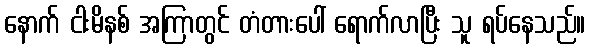
နောက် ငါးမိနစ် အကြာတွင် တံတားပေါ် ရောက်လာပြီး သူ ရပ်နေသည်။